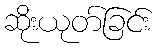
ဆိုးယုတ်ခြင်း